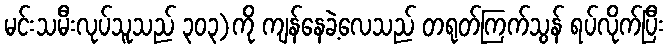
မင်းသမီးလုပ်သူသည် ၃၀၃)ကို ကျန်နေခဲ့လေသည် တရုတ်ကြက်သွန် ရပ်လိုက်ပြီး